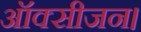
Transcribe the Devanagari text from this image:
ऑक्सीजन।